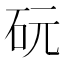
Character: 𪿑